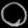
Digit: ၀